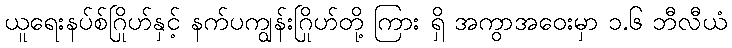
ယူရေးနပ်စ်ဂြိုဟ်နှင့် နက်ပကျွန်းဂြိုဟ်တို့ ကြား ရှိ အကွာအဝေးမှာ ၁.၆ ဘီလီယံ